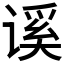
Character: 𰵾